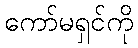
ကော်မရှင်ကို